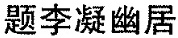
题李凝幽居